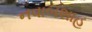
નવાબશાહ